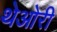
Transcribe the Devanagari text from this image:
थेओरी